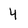
Character: 4